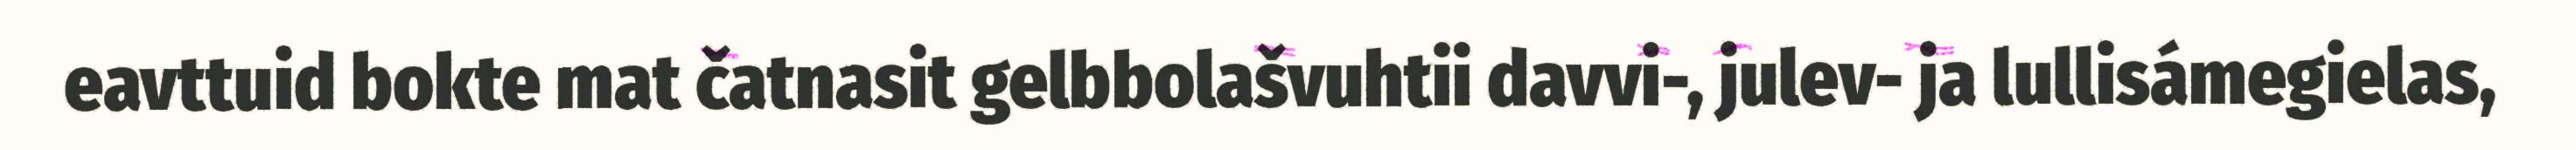
eavttuid bokte mat čatnasit gelbbolašvuhtii davvi-, julev- ja lullisámegielas,